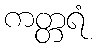
ကတ္တရံ